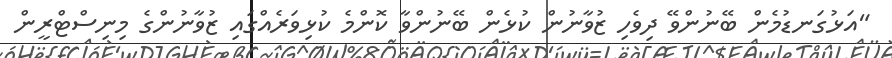
"އަޅުގަނޑުމެން ބޭނުންވޭ ދިވެހި ޒުވާނުން ކުޅެން ބޭނުންވާ ކޮންމެ ކުޅިވަރެއްގަައި ޒުވާނުންގެ މިނިސްޓްރީން